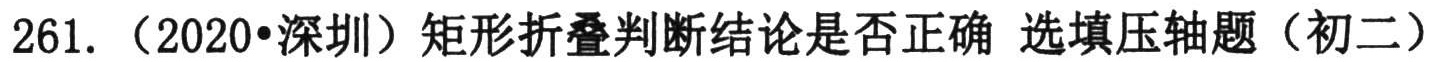
261.（2020•深圳）矩形折叠判断结论是否正确 选填压轴题（初二）